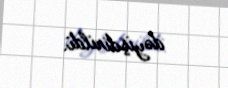
dəyişdirildi.